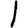
Digit: 1